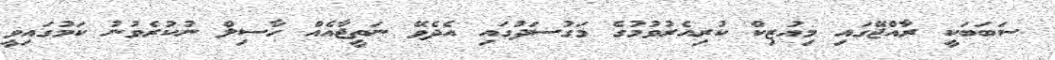
ސަބަބަކީ ރާއްޖޭގައި މިއުޒިކް ކުރިއެރުވުމުގެ މަގުސަދުގައި އެދެވޭ ނަތީޖާއެއް ހާސިލް ނުކުރެވުނު ކަމުގައިވީ